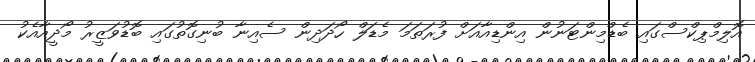
އޮލިމްޕިކްސްގައި ބެޑްމިންޓަނުން އިންޑިއާއަށް ފުރަތަމަ މެޑަލް ހޯދަދިން ސެއިނާ ބުނިގޮތުގައި ބޮޑުވަޒީރު މޯދީއާއެކު